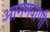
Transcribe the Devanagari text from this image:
आगमवाणी